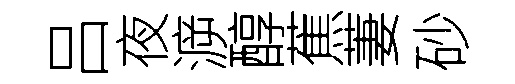
吕夜㴑醇蕉萋砂